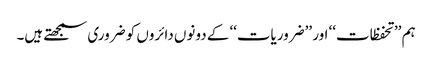
ہم ’’تحفظات‘‘ اور ’’ضروریات‘‘ کے دونوں دائروں کو ضروری سمجھتے ہیں۔